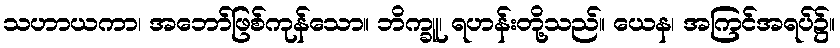
သဟာယကာ၊ အဘော်ဖြစ်ကုန်သော။ ဘိက္ခူ၊ ရဟန်းတို့သည်။ ယေန၊ အကြင်အရပ်၌။